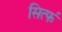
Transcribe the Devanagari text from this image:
सिर्त्फ